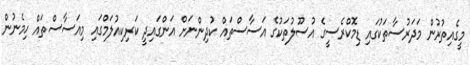
މީގެއިތުރުން މަދަރުސާތަކުގައި ޑިމޮކްރެސީގެ އުސޫލުތަކުގެ އަސާސްތައް ކުދިންނަށް އަންގައިދީ ކަރިކިއުލަމްގައި މިއަސާސްތައް ހިމެނުން